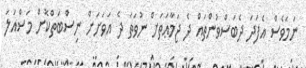
ނަމަވެސް އެފަދަ ދެބަސްވުންތައް ދެ ޖަމާޢަތަށް ނުވަތަ ދެ އަވަށަށް ނިސްބަތްކޮށް މަސްއަލަ